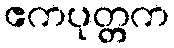
ဧကပုတ္တက